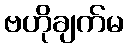
ဗဟိုချက်မ